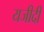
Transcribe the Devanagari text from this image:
यजीदी